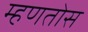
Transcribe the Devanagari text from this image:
म्हणतोस